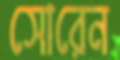
সোরেন